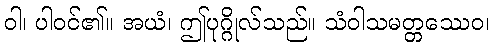
ဝါ၊ ပါဝင်၏။ အယံ၊ ဤပုဂ္ဂိုလ်သည်။ သံဝါသမတ္တဿေဝ၊